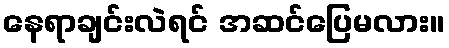
နေရာချင်းလဲရင် အဆင်ပြေမလား။